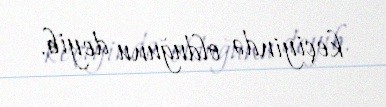
keçiyində olduğunu deyib.